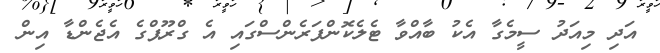
އަދި މިއަދު ސީމެގާ އެކު ބާއްވާ ޓެލެކޮންފަރެންސްގައި އެ ގްރޫޕްގެ އެޖެންޑާ އިން